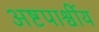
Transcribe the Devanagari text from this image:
अष्टपार्श्वीय